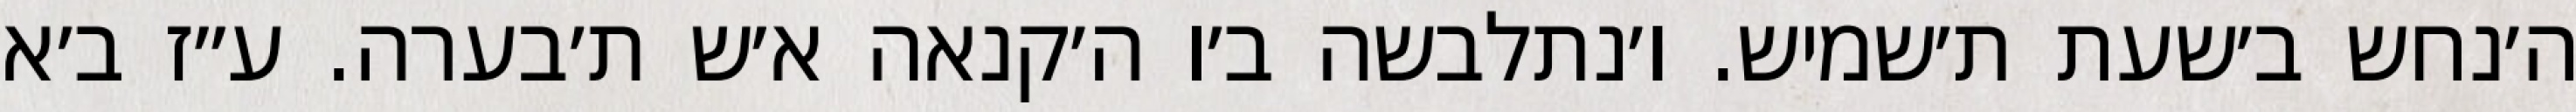
ה׳נחש ב׳שעת ת׳שמיש. ו׳נתלבשה ב׳ו ה׳קנאה א׳ש ת׳בערה. ע״ז ב׳א